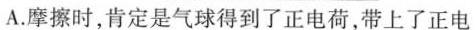
A.摩擦时，肯定是气球得到了正电荷，带上了正电